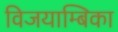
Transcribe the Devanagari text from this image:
विजयाम्बिका